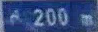
200m